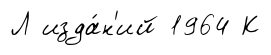
Л изда́н'ий 1964 К